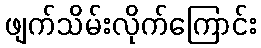
ဖျက်သိမ်းလိုက်ကြောင်း